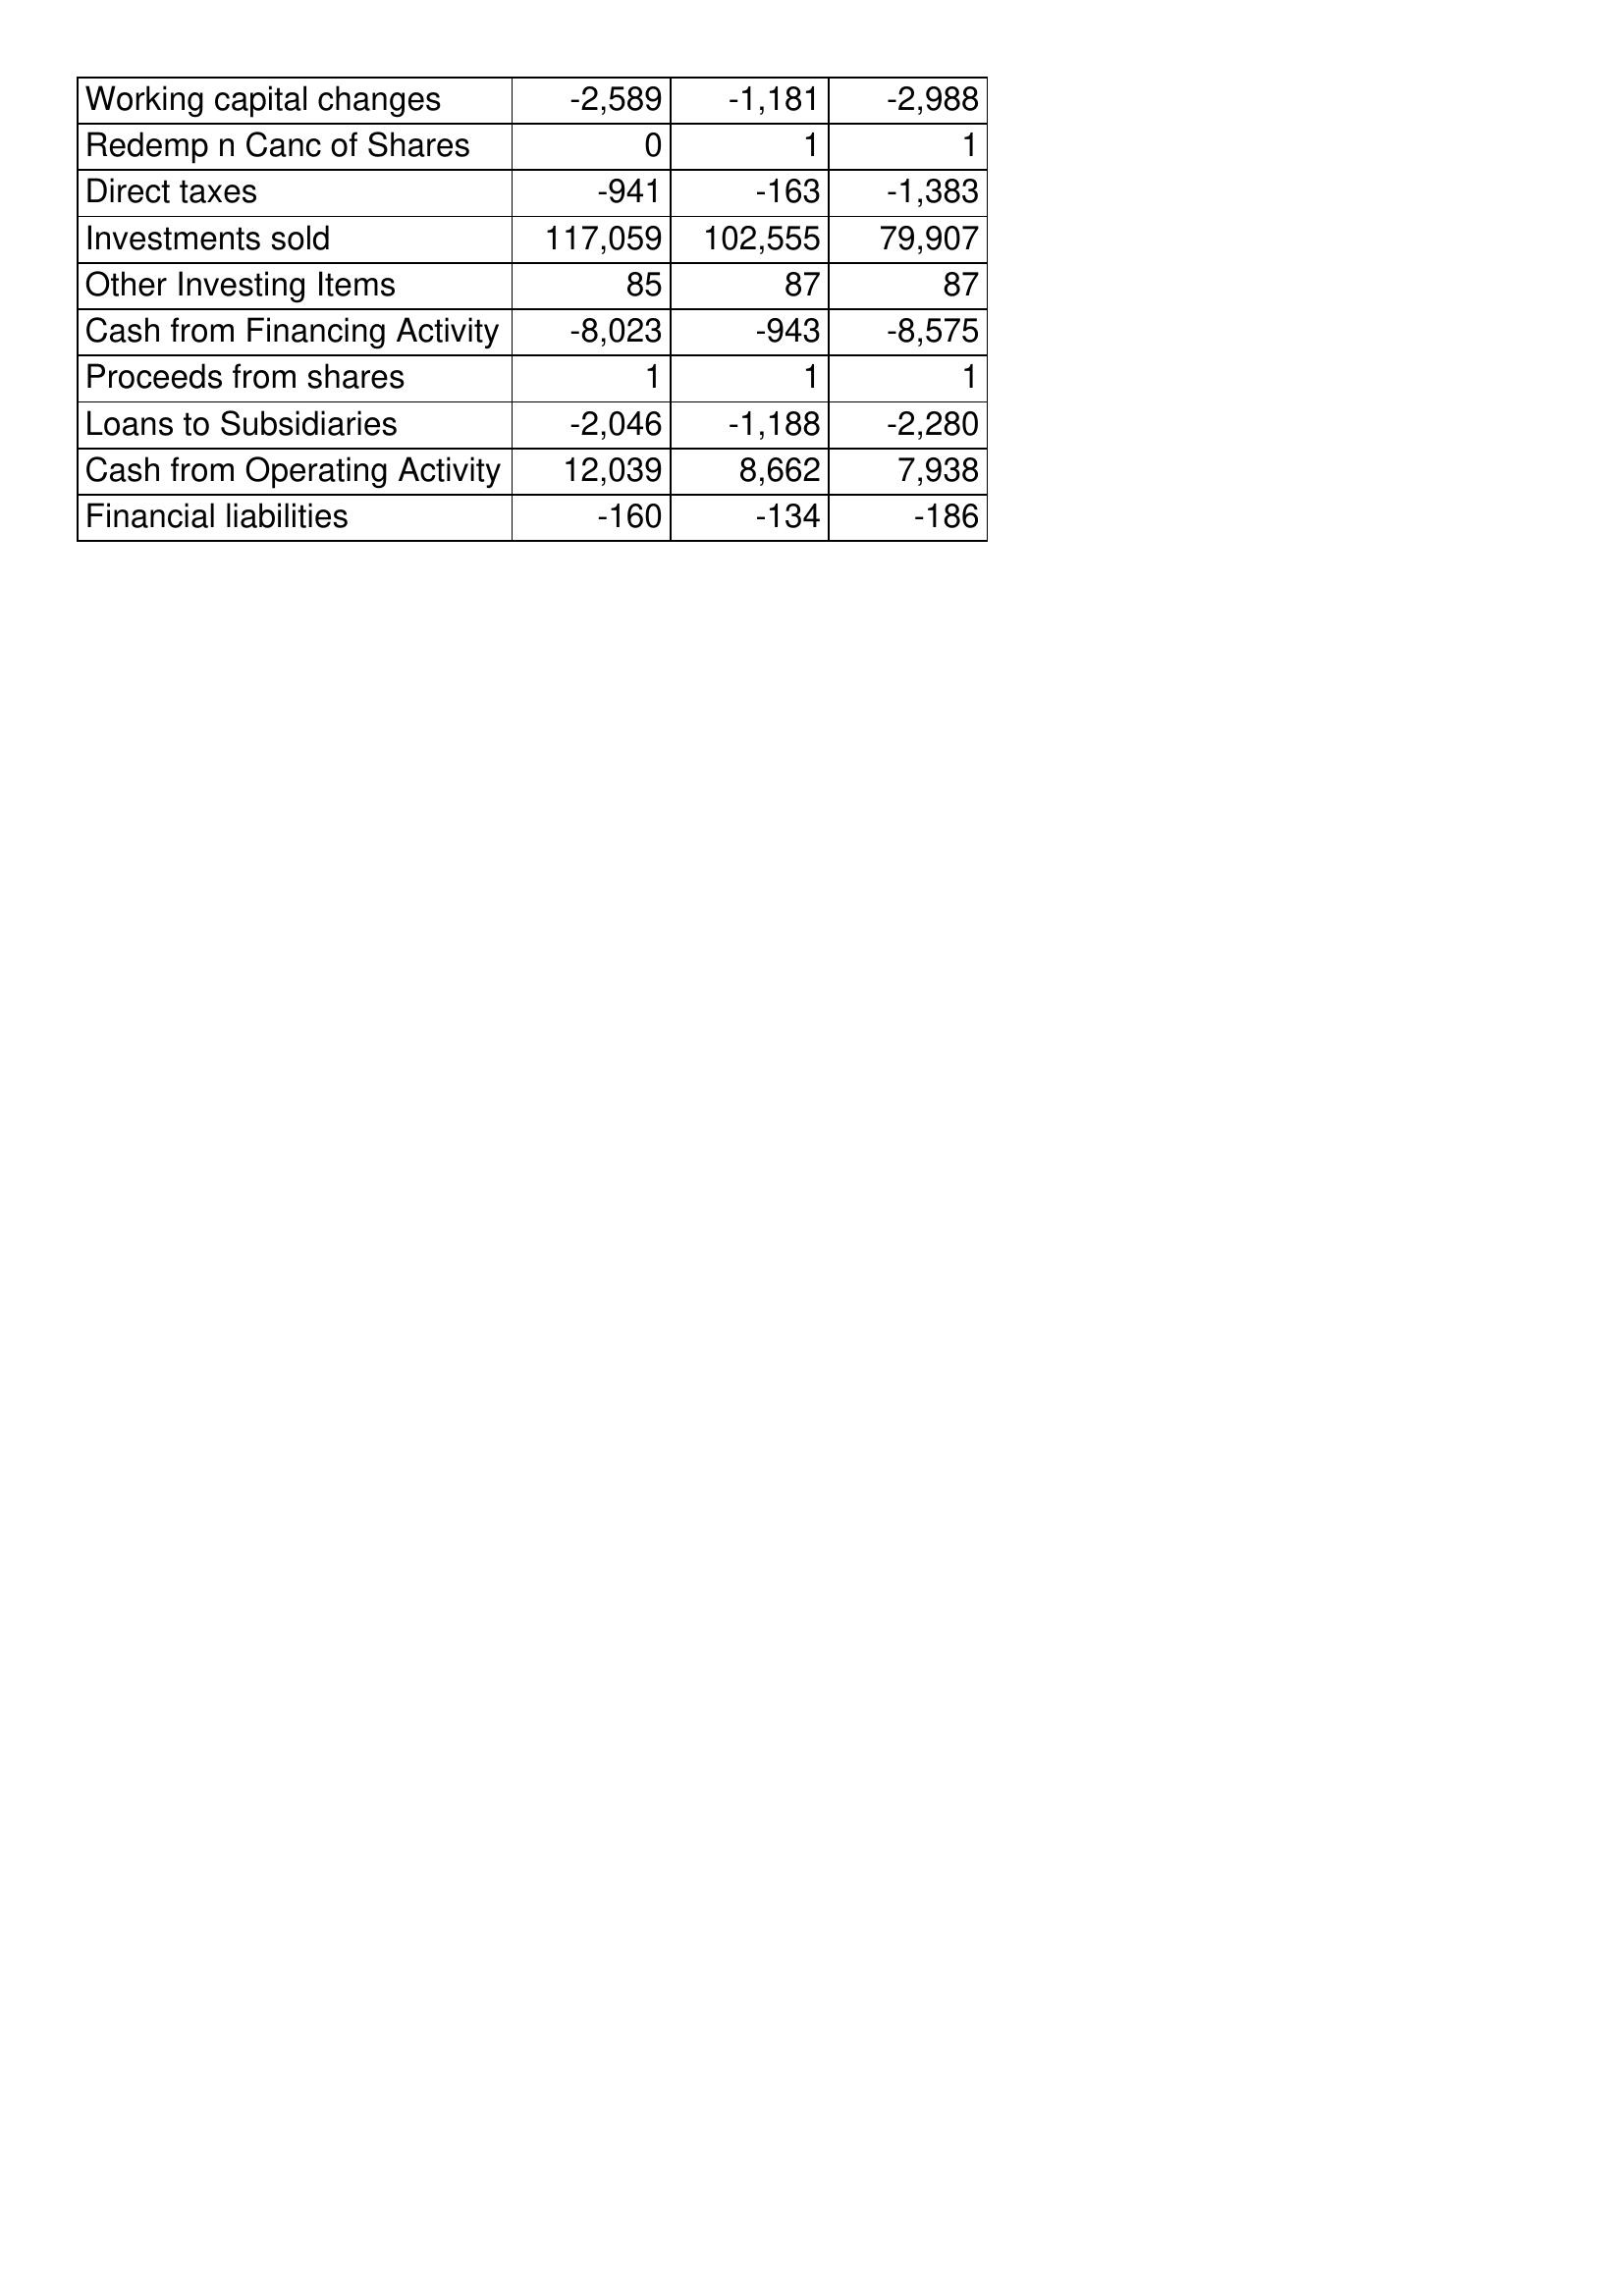
Dec-15: Cash Flows: Working capital changes: -2,589
Redemp n Canc of Shares: 0
Direct taxes: -941
Investments sold: 117,059
Other Investing Items: 85
Cash from Financing Activity: -8,023
Proceeds from shares: 1
Loans to Subsidiaries: -2,046
Cash from Operating Activity: 12,039
Financial liabilities: -160
Dec-16: Cash Flows: Working capital changes: -1,181
Redemp n Canc of Shares: 1
Direct taxes: -163
Investments sold: 102,555
Other Investing Items: 87
Cash from Financing Activity: -943
Proceeds from shares: 1
Loans to Subsidiaries: -1,188
Cash from Operating Activity: 8,662
Financial liabilities: -134
Dec-17: Cash Flows: Working capital changes: -2,988
Redemp n Canc of Shares: 1
Direct taxes: -1,383
Investments sold: 79,907
Other Investing Items: 87
Cash from Financing Activity: -8,575
Proceeds from shares: 1
Loans to Subsidiaries: -2,280
Cash from Operating Activity: 7,938
Financial liabilities: -186